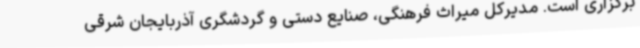
برگزاری است. مدیرکل میراث فرهنگی، صنایع دستی و گردشگری آذربایجان شرقی